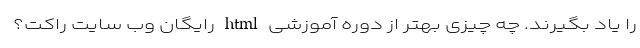
را یاد بگیرند. چه چیزی بهتر از دوره آموزشی html رایگانِ وب سایت راکت؟